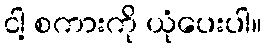
ငါ့ စကားကို ယုံပေးပါ။